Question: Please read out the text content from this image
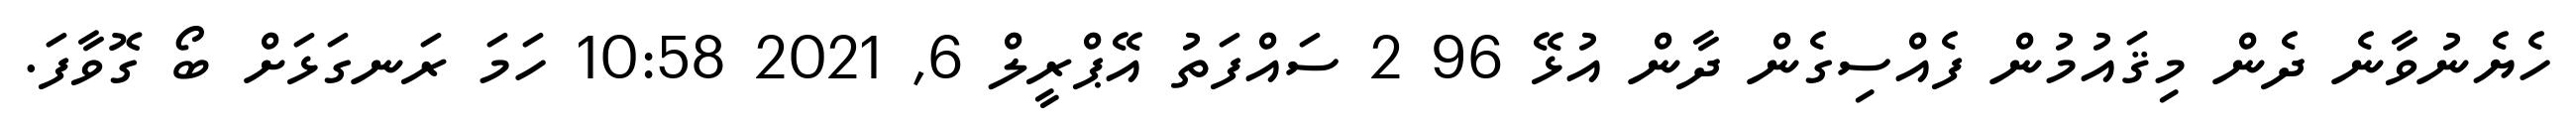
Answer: ހެޔެނުވާނެ ދެން މިޤައުމުން ފެއްސިގެން ދާން އުޅޭ 96 2 ސައްފަތު އޭޕްރީލް 6, 2021 10:58 ހަމަ ރަނގަޅަށް ބޯ ގޮވާފަ.